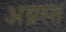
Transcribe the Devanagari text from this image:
अग्रस्त